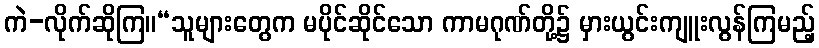
ကဲ-လိုက်ဆိုကြ။“သူများတွေက မပိုင်ဆိုင်သော ကာမဂုဏ်တို့၌ မှားယွင်းကျူးလွန်ကြမည့်